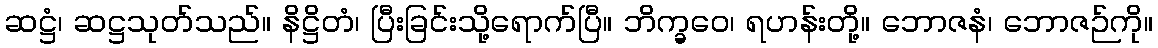
ဆဋ္ဌံ၊ ဆဋ္ဌသုတ်သည်။ နိဋ္ဌိတံ၊ ပြီးခြင်းသို့ရောက်ပြီ။ ဘိက္ခဝေ၊ ရဟန်းတို့။ ဘောဇနံ၊ ဘောဇဉ်ကို။